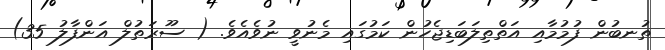
ތުނބުން ފުމުމާއި އަތްތިލަބަޑިޖެހުން ކަމުގައި މެނުވީ ނުވެއެވެ. ( ސޫރަތުލް އަންފާލު 35)